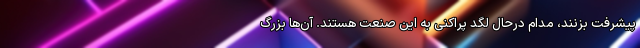
پیشرفت بزنند، مدام درحال لگد پراکنی به این صنعت هستند. آن‌ها بزرگ